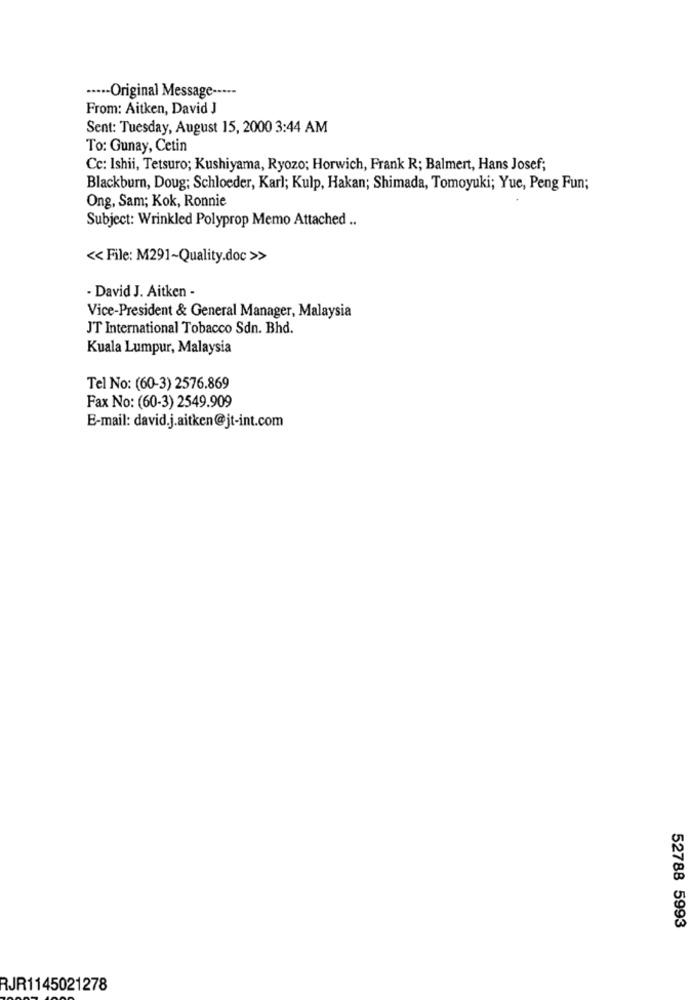
····- Original Message -····
From: Aitken, David J
Sent: Tuesday, August 15, 2000 3:44 AM
To: Gunay, Cetin
Cc: Ishii, Tetsuro; Kushiyama, Ryozo; Horwich, Frank R; Balmert, Hans Josef;
Blackburn, Doug; Schloeder, Karl; Kulp, Hakan; Shimada, Tomoyuki; Yue, Peng Fun;
Ong, Sam; Kok, Ronnie
Subject: Wrinkled Polyprop Memo Attached ..
<< File: M291~Quality.doc >>
- David J. Aitken -
Vice-President & General Manager, Malaysia
JT International Tobacco Sdn. Bhd.
Kuala Lumpur, Malaysia
Tel No: (60-3) 2576.869
Fax No: (60-3) 2549.909
E-mail: david.j.aitken@jt-int.com
52788 5993
RJR1145021278